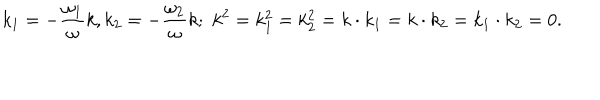
k _ { 1 } = - { \frac { \omega _ { 1 } } { \omega } } k , k _ { 2 } = - { \frac { \omega _ { 2 } } { \omega } } k ; \, \, k ^ { 2 } = k _ { 1 } ^ { 2 } = k _ { 2 } ^ { 2 } = k \cdot k _ { 1 } = k \cdot k _ { 2 } = k _ { 1 } \cdot k _ { 2 } = 0 .